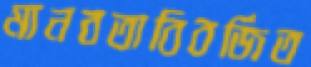
মানবতাবিবর্জিত